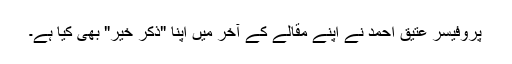
پروفیسر عتیق احمد نے اپنے مقالے کے آخر میں اپنا "ذکرِ خیر" بھی کیا ہے۔